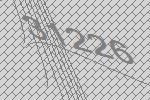
31226